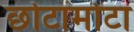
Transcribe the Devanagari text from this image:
छोटामोटा